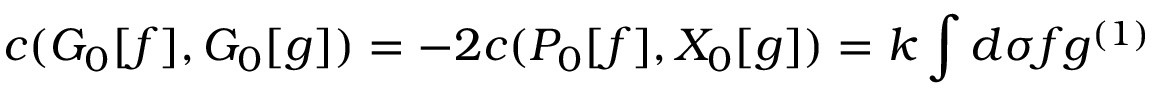
c ( { \cal G } _ { 0 } [ f ] , { \cal G } _ { 0 } [ g ] ) = - 2 c ( { \cal P } _ { 0 } [ f ] , { \cal X } _ { 0 } [ g ] ) = k \int d \sigma f g ^ { ( 1 ) }